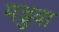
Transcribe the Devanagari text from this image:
मडुवा